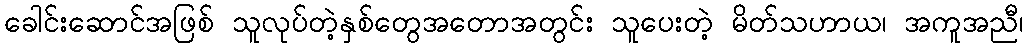
ခေါင်းဆောင်အဖြစ် သူလုပ်တဲ့နှစ်တွေအတောအတွင်း သူပေးတဲ့ မိတ်သဟာယ၊ အကူအညီ၊